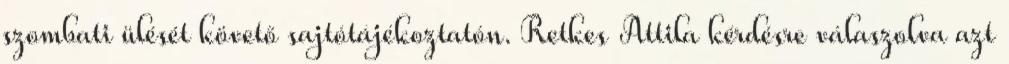
szombati ülését követő sajtótájékoztatón. Retkes Attila kérdésre válaszolva azt